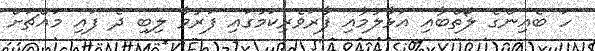
ހަ ބެއިންގެ ލޯތްބާއި އަޅާލުމާއި ފާރަވެރިކަމުގައި ފަރުވާ ލިބި ދެ ފައި މައްޗަށް